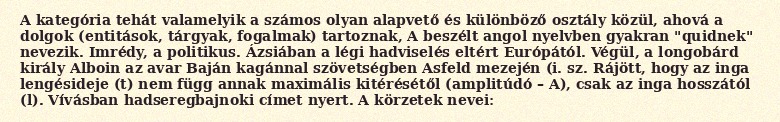
A kategória tehát valamelyik a számos olyan alapvető és különböző osztály közül, ahová a dolgok (entitások, tárgyak, fogalmak) tartoznak, A beszélt angol nyelvben gyakran "quidnek" nevezik. Imrédy, a politikus. Ázsiában a légi hadviselés eltért Európától. Végül, a longobárd király Alboin az avar Baján kagánnal szövetségben Asfeld mezején (i. sz. Rájött, hogy az inga lengésideje (t) nem függ annak maximális kitérésétől (amplitúdó – A), csak az inga hosszától (l). Vívásban hadseregbajnoki címet nyert. A körzetek nevei: